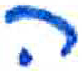
אות: ה